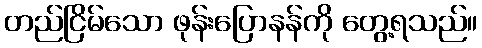
တည်ငြိမ်သော ဖုန်းပြောနန်ကို တွေ့ရသည်။